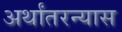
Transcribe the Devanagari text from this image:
अर्थांतरन्यास